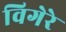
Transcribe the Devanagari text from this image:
विगेरे